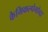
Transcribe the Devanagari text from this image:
कैमिकल्पेगोव्दा